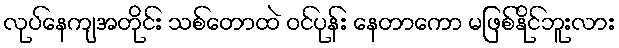
လုပ်နေကျအတိုင်း သစ်တောထဲ ဝင်ပုန်း နေတာကော မဖြစ်နိုင်ဘူးလား